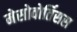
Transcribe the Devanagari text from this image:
मेसोवोर्तिसस